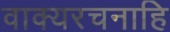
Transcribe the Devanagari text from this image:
वाक्यरचनाहि